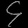
Digit: ၄